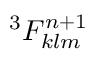
^ 3 F _ { k l m } ^ { n + 1 }